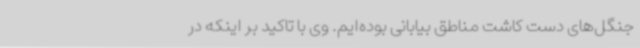
جنگل‌های دست کاشت مناطق بیابانی بوده‌ایم. وی با تاکید بر اینکه در